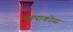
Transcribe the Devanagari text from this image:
चापाकोय़ा